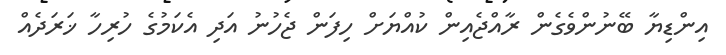
އިންޑިޔާ ބޭނުންވެގެން ރާއްޖެއިން ކުއްޔަށް ހިފަން ޖެހުނު އަދި އެކަމުގެ ހުރިހާ ޚަރަދެއް